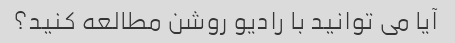
آیا می توانید با رادیو روشن مطالعه کنید؟